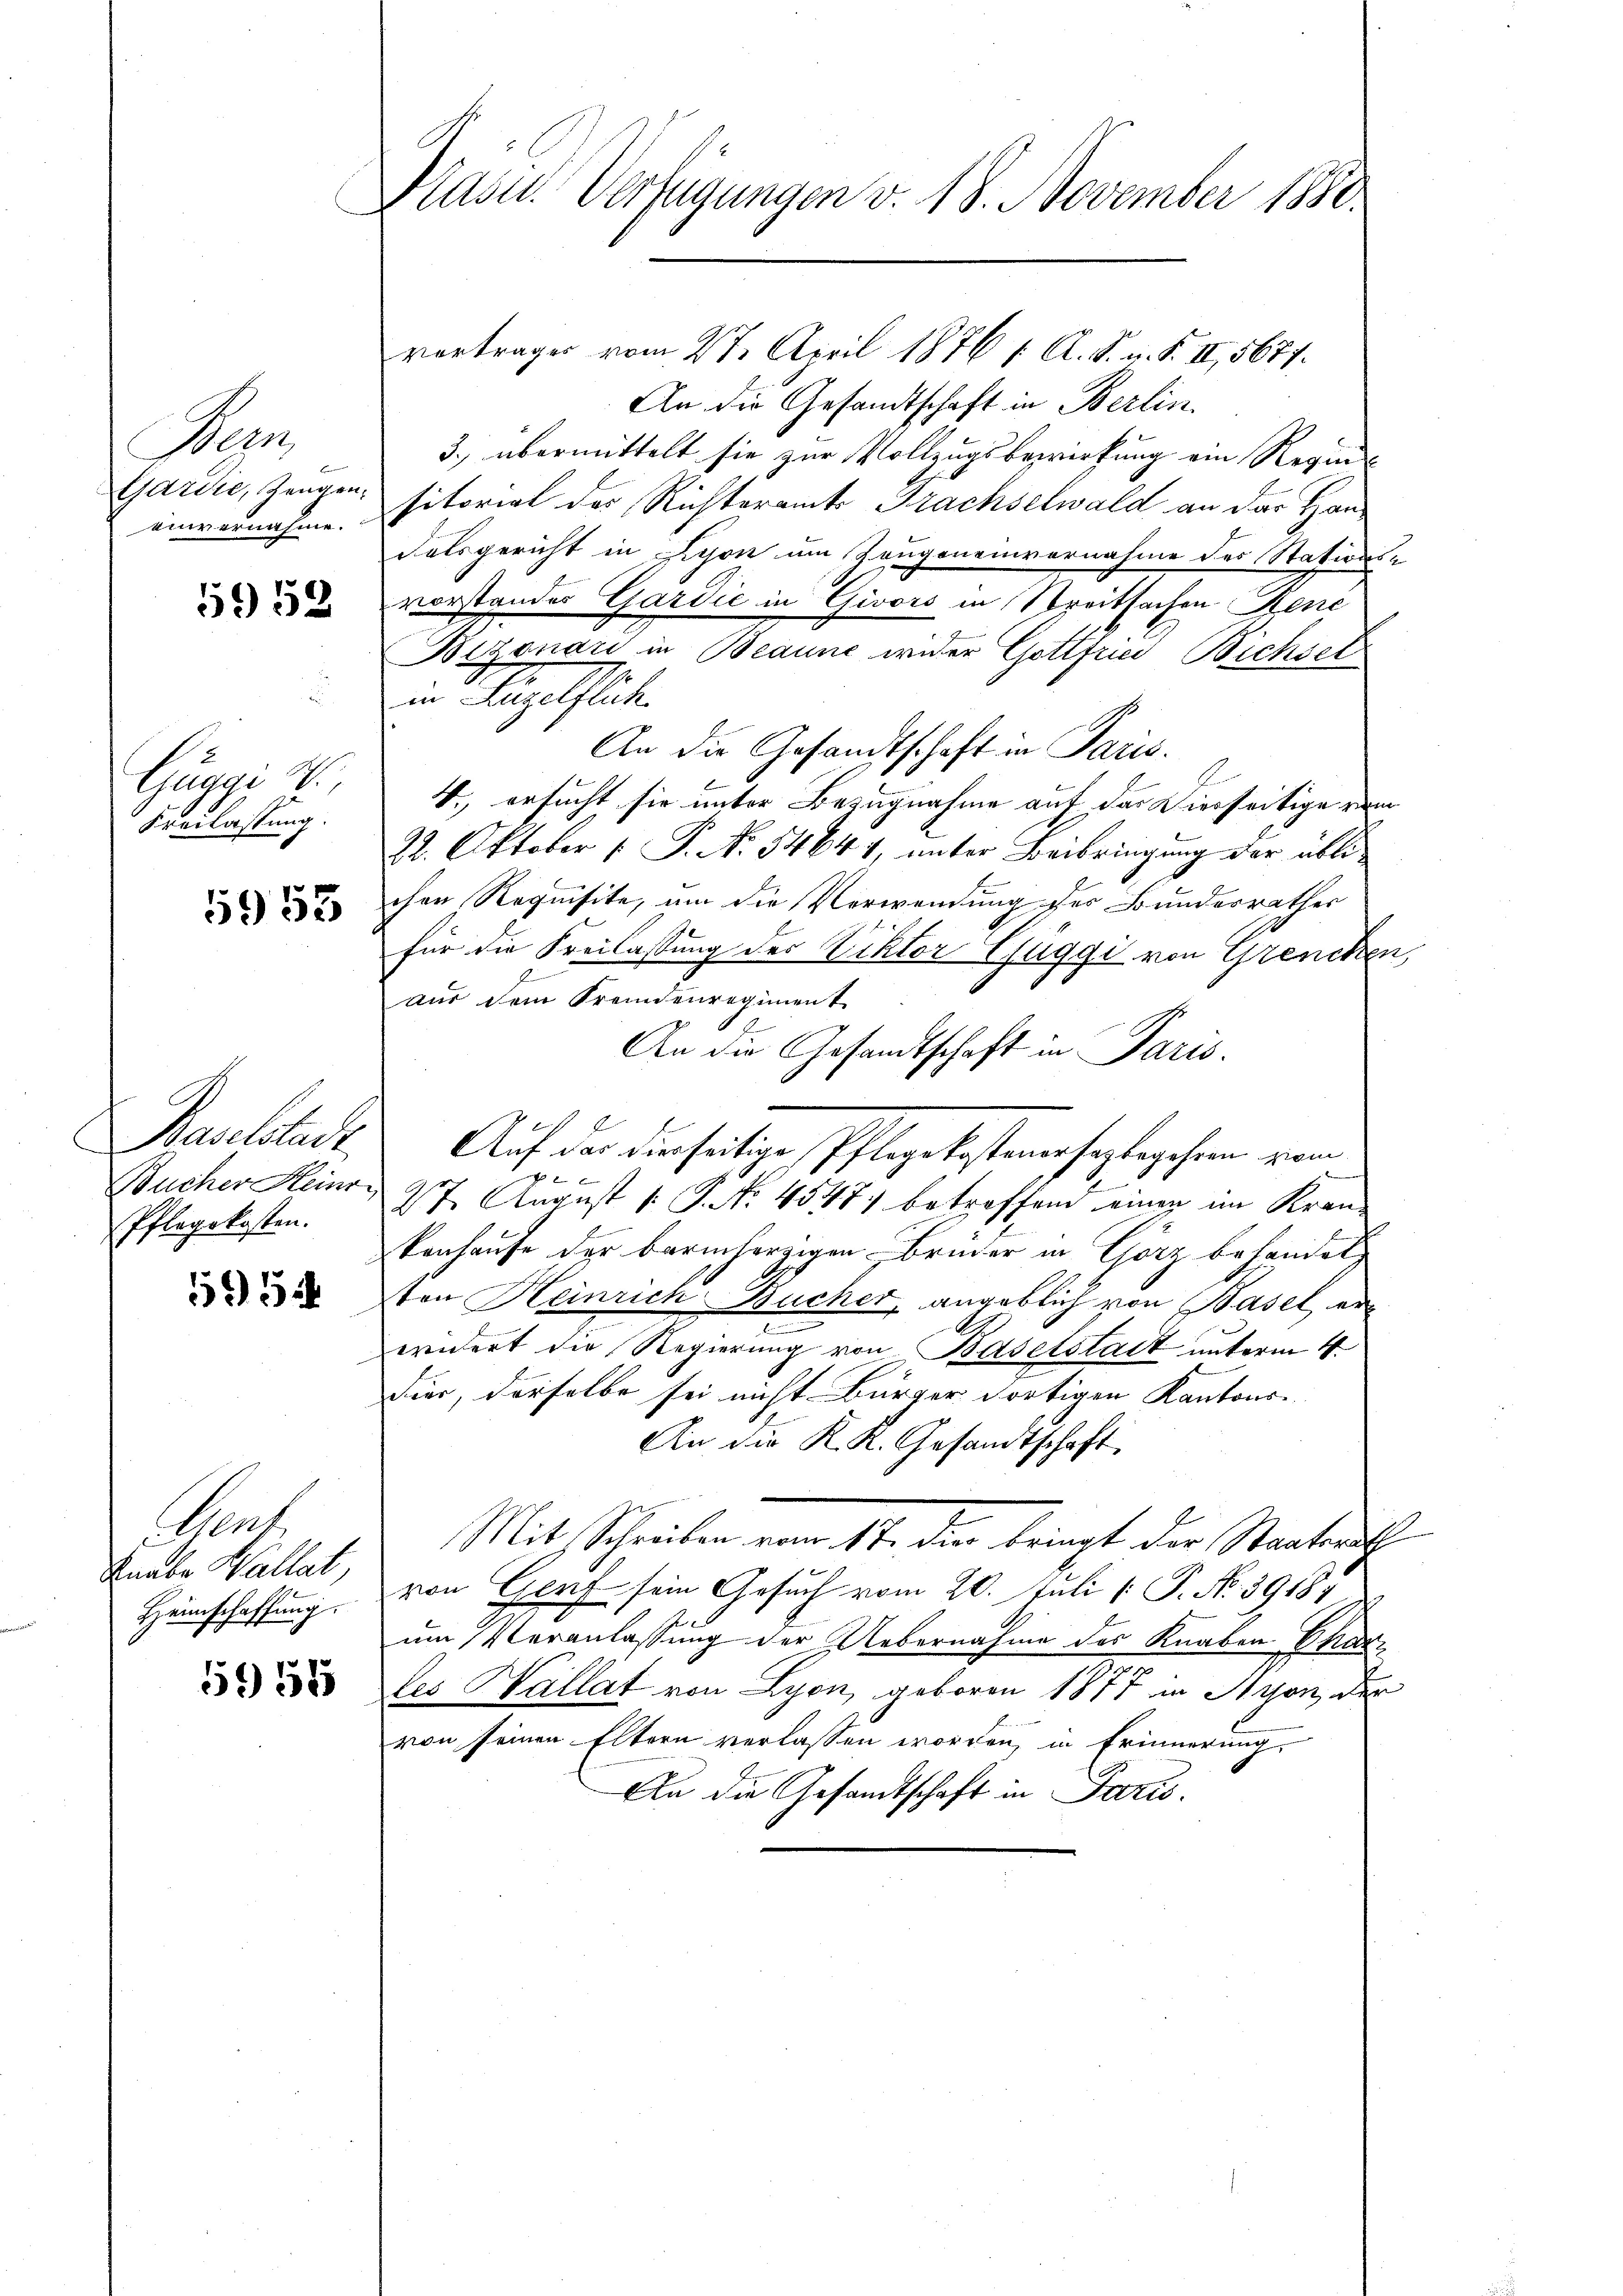
Meu
Garire, Zeugen
einvernehme.

5952.

Guggi V.
Freilassung.

5953

Baselstadt
Bucher Heinr
Pflegekosten.

1591

ent.
Knabe Wallat
Heimschaffung.

5958

Nass. Verfügungen v. 18. November 1880.

vortrages vom 27. April 1876 1. A. S. u. S. II, 5677.
An die Gesandtschaft in Berlin.
3.) übermittelt sie zur Vollzugsbewirkung ein Regiesitorial der Richteramt Frachselwald an der Handalsgericht in schon um Zeugenenvernahme des Stations-
vorstandes Gardić in Givors in Streitsachen René
Bizenari in Beaune wider Gottfried Bichsel
in Hagelflich
An die Gesandtschaft in Paris.
4., ersucht sie unter Bezugnahme auf das Vierseitige rem
22. Oktober 1 P. Nr. 54644, unter Beibringung der üblichen Requisite, um die Verwendung der Bundesrathes
für die Freilassung des Viktor Guggi von Grencken,
aŭs dem Fremdenregiment
E
An die Gesandtschaft in Paris.
Auf das dierseitige Pflegekostenersagbegehren vom
x
27. August 1. P. No. 4547) betreffend einen im Krankenhause der barmherzigen Bruder in Görz behandel,
ston Heinrich Bucher, angeblich von Basel erwidert die Regierung von Baselstadt unterm 4.
dier, derselbe sei nicht Bürger dortigen Kantons-
An die K. K. Gesandtschaft
Mit Schreiben vom 17. die bringt der Staatsrath
von Genf sein Gesuch vom 20. Juli [ P. No. 39187
um Veranlassung der Uebernahme des Knaben Char
les Hallat von Lyon, geboren 1877 in Lyon, der
von seinen Eltern verlassen worden, in Erinnerung
An die Gesandtschaft in Paris